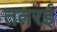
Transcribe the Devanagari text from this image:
ततरई